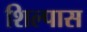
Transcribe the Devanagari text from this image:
शिल्पास